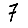
Digit: 7